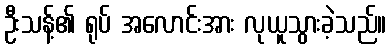
ဦးသန့်၏ ရုပ် အလောင်းအား လုယူသွားခဲ့သည်။